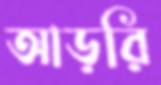
আড়রি